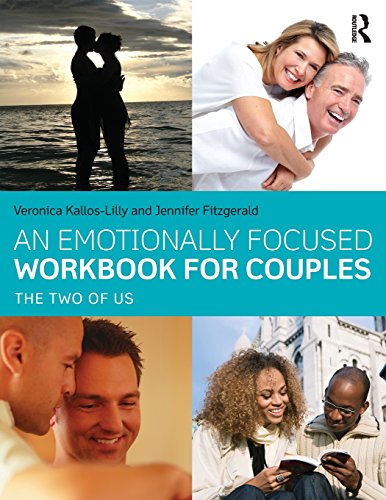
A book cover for An Emotionally Focused Workbook for Couples: The Two of Us; Veronica Kallos-Lilly; Medical Books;